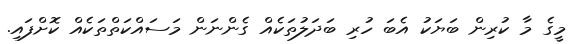
މީގެ މާ ކުރިން ބަޔަކު އެބަ ހުރި ބަދަލުތަކެއް ގެންނަން މަސައްކަތްތަކެއް ކޮށްފައި.